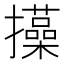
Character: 㩰